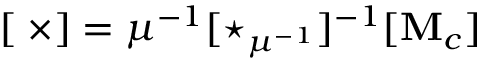
[ \mathbf { \nabla \times } ] = \mu ^ { - 1 } [ \star _ { \mu ^ { - 1 } } ] ^ { - 1 } [ \mathbf { M } _ { c } ]